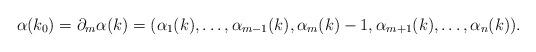
LaTeX: \begin{align*} \alpha(k_0) = \partial_m \alpha(k) = (\alpha_1(k), \dots , \alpha_{m-1}(k), \alpha_m(k) -1, \alpha_{m+1}(k), \dots, \alpha_n(k)).\end{align*}